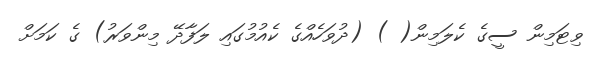
ވިޓަމިން ސީގެ ކެލަމިން( ) (ދުވަހެއްގެ ކެއުމުގައި ލަފާދޭ މިންވަރު) ގެ ކަމަށް